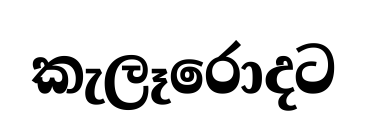
කැලෑරොදට